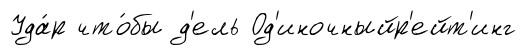
Уда́р что́бы д'ель Од'иночныйр'ейт'инг